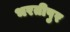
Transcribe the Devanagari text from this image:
भरतीपुर